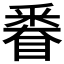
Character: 𨤗